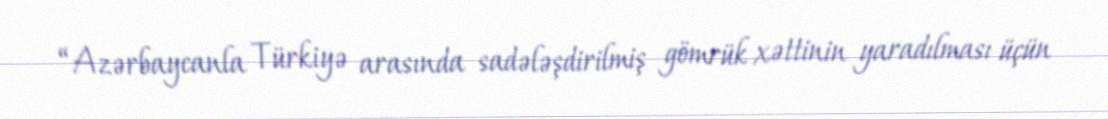
“Azərbaycanla Türkiyə arasında sadələşdirilmiş gömrük xəttinin yaradılması üçün